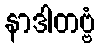
နာဒါတဗ္ဗံ